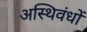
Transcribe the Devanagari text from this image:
अस्थिवंधों